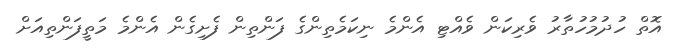
އޮތް ހުދުމުހުތާރު ވެރިކަން ވެއްޓި އެންމެ ނިކަމެތިންގެ ފަންތިން ފެށިގެން އެންމެ މަތީފަންތިއަށް